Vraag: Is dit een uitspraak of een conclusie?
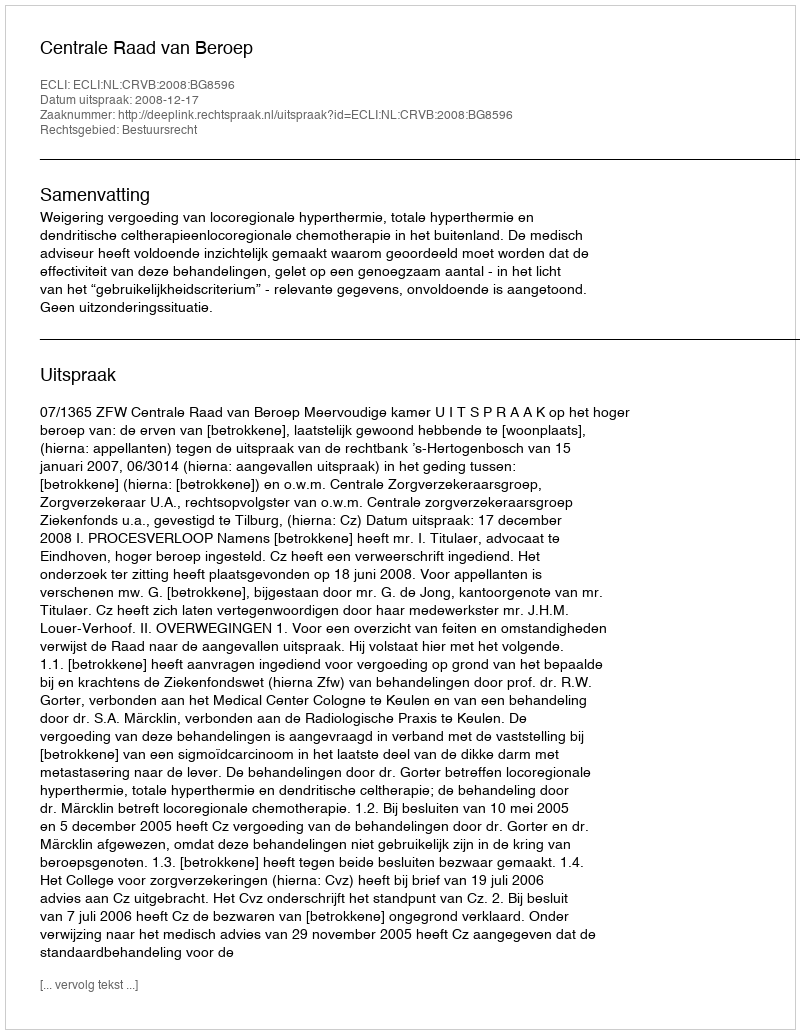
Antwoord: Uitspraak